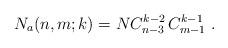
LaTeX: \begin{align*}N_a(n,m;k)=N C_{n-3}^{k-2}\,C_{m-1}^{k-1}\ .\end{align*}